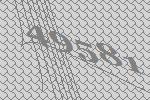
49581